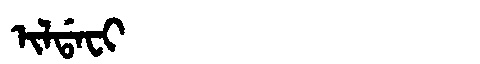
Manchu: ᡳᠯᡩᠠᠸᡳ
Romanization: ILDAFI